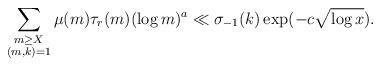
LaTeX: \begin{align*} \sum_{\substack{m\ge X\\ (m,k)=1}} \mu(m)\tau_r(m)(\log{m})^a\ll \sigma_{-1}(k)\exp(-c\sqrt{\log{x}}).\end{align*}